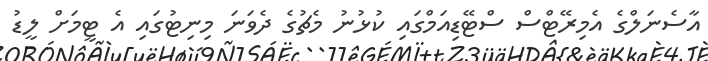
އާސެނަލްގެ އެމިރޭޓްސް ސްޓޭޑިއަމްގައި ކުޅުނު މެޗުގެ ދެވަނަ މިނިޓުގައި އެ ޓީމަށް ލީޑު